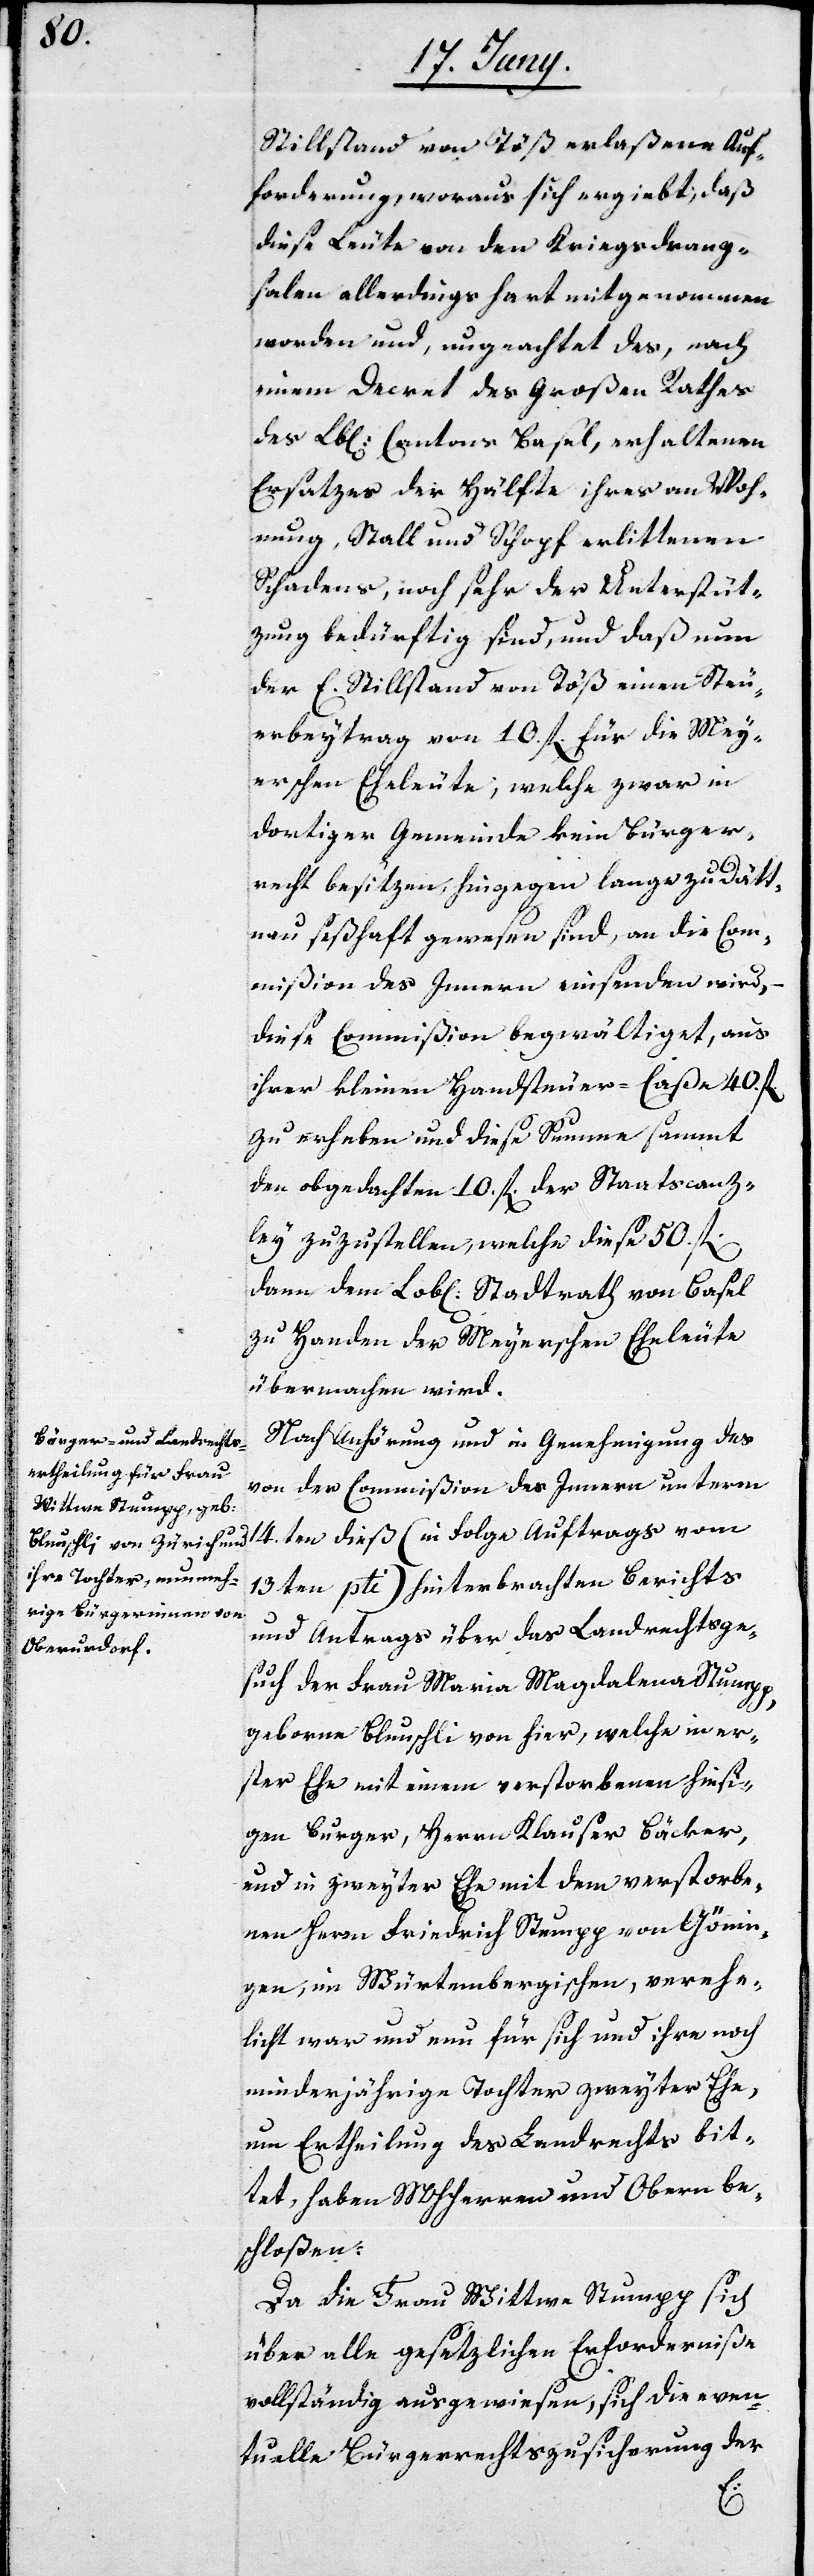
Stillstand von Töß erlaßene Auf¬
forderung, woraus sich ergiebt, daß
diese Leute von den Kriegsdrang¬
salen allerdings hart mitgenommen
worden und, ungeachtet des, nach
einem Decret des Großen Rathes
des Lob[lichen] Cantons Basel, erhaltenen
Ersatzes der Hälfte ihres an Woh¬
nung, Stall und Schopf erlittenen
Schadens, noch sehr der Unterstüt¬
zung bedürftig sind, und daß nun
der E. Stillstand von Töß einen Steu¬
erbeytrag von 10. fl. für die Mey¬
erschen Eheleute, welche zwar in
dortiger Gemeinde kein Bürger¬
recht besitzen, hingegen lange zu Dätt¬
nau seßhaft gewesen sind, an die Com¬
mißion des Innern einsenden wird,
diese Commißion begwältiget, aus
ihrer kleinen Handsteuer-Caße 40. fl.
zu erheben und diese Summe sammt
den obgedachten 10. fl. der Staatscanz¬
ley zuzustellen, welche diese 50. fl.
dann dem Lobl[lichen] Stadtrath von Basel
zu Handen der Meyerschen Eheleute
übermachen wird.
Nach Anhörung und in Genehmigung des
von der Commißion des Innern unterm
14.ten dieß (in Folge Auftrags vom
13ten pti) hinterbrachten Berichts
und Antrags über das Landrechtsge¬
such der Frau Maria Magdalena Stumpp,
geborne Blunschli von hier, welche in er¬
ster Ehe mit einem verstorbenen hiesi¬
gen Burger, Herrn Klauser Bäcker,
und in zweyter Ehe mit dem verstorbe¬
nen Herrn Friedrich Stumpp von Gönin¬
gen, im Würtembergischen, verehe¬
licht war und nun für sich und ihre noch
minderjährige Tochter zweyter Ehe,
um Ertheilung des Landrechts bit¬
tet, haben MHHerren und Obern be¬
schloßen:
Da die Frau Wittwe Stumpp sich
über alle gesetzlichen Erforderniße
vollständig ausgewiesen, sich die even¬
tuelle Bürgerrechtszusicherung der